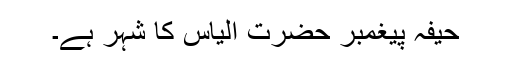
حیفہ پیغمبر حضرت الیاس کا شہر ہے۔